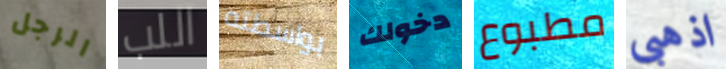
الرجل اللب بواسطته دخولك مطبوع اذهبى